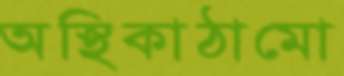
অস্থিকাঠামো